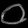
Digit: ၀